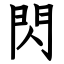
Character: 閃